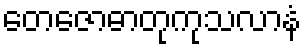
တေဇောဓာတုကုသလာနံ